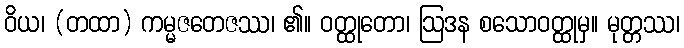
ဝိယ၊ (တထာ) ကမ္မဇတေဇဿ၊ ၏။ ဝတ္ထုတော၊ ဩဒန စသောဝတ္ထုမှ။ မုတ္တဿ၊